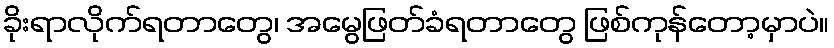
ခိုးရာလိုက်ရတာတွေ၊ အမွေဖြတ်ခံရတာတွေ ဖြစ်ကုန်တော့မှာပဲ။